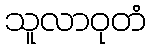
သူလာဝုတံ